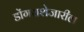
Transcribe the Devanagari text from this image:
डोंगराशेजारील